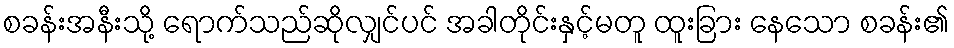
စခန်းအနီးသို့ ရောက်သည်ဆိုလျှင်ပင် အခါတိုင်းနှင့်မတူ ထူးခြား နေသော စခန်း၏